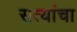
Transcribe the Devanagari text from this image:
सत्यांचा